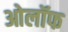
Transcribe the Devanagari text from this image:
ओलॉफ